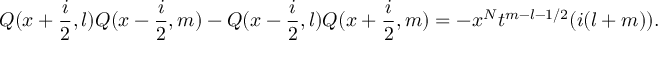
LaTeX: Q ( x + \frac { i } { 2 } , l ) Q ( x - \frac { i } { 2 } , m ) - Q ( x - \frac { i } { 2 } , l ) Q ( x + \frac { i } { 2 } , m ) = - x ^ { N } t ^ { m - l - 1 / 2 } ( i ( l + m ) ) .